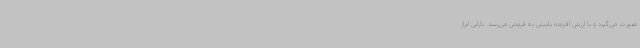
صورت می‌گیرد و با ارزش افزوده پایینی به فروش می‌رسد. دارابی ابراز